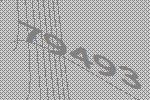
79493